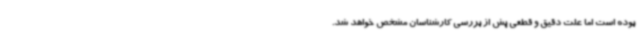
بوده است اما علت دقیق و قطعی پش از بررسی کارشناسان مشخص خواهد شد.